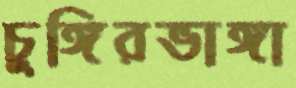
চুঙ্গিরভাঙ্গা